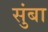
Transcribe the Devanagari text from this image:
सुंबा